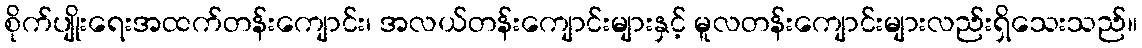
စိုက်ပျိုးရေးအထက်တန်းကျောင်း၊ အလယ်တန်းကျောင်းများနှင့် မူလတန်းကျောင်းများလည်းရှိသေးသည်။